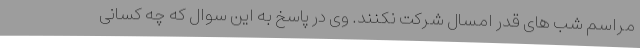
مراسم شب های قدر امسال شرکت نکنند. وی در پاسخ به این سوال که چه کسانی